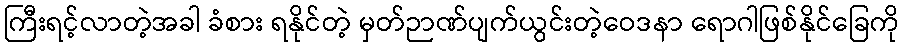
ကြီးရင့်လာတဲ့အခါ ခံစား ရနိုင်တဲ့ မှတ်ဉာဏ်ပျက်ယွင်းတဲ့ဝေဒနာ ရောဂါဖြစ်နိုင်ခြေကို